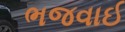
ભજવાઈ